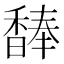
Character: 䭰